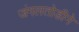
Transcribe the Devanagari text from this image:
जंगलतोडीने